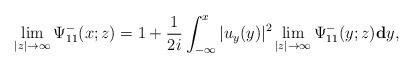
LaTeX: \begin{align*}\lim_{|z|\rightarrow\infty}\Psi^-_{11}(x;z) =1+\frac{1}{2i} \int_{-\infty}^{x}|u_y(y)|^2 \lim_{|z|\rightarrow\infty}\Psi^-_{11}(y;z) \mathbf{d} y,\end{align*}